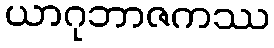
ယာဂုဘာဇကဿ